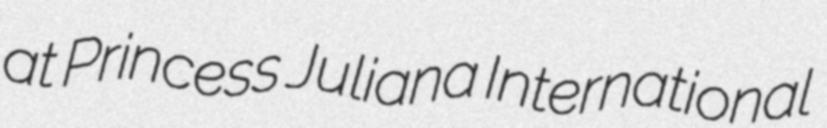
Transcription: at Princess Juliana International